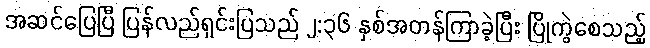
အဆင်ပြေပြီ ပြန်လည်ရှင်းပြသည် ၂:၃၆ နှစ်အတန်ကြာခဲ့ပြီး ပြိုကွဲစေသည့်